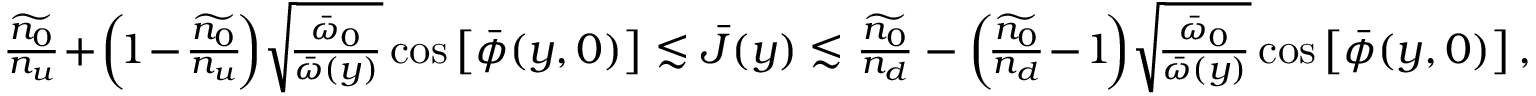
\begin{array} { r } { \frac { \widetilde { n _ { 0 } } } { n _ { u } } \! + \! \left( \! 1 \! - \! \frac { \widetilde { n _ { 0 } } } { n _ { u } } \! \right) \! \sqrt { \! \frac { { \bar { \omega } } _ { 0 } } { { \bar { \omega } } ( y ) } } \cos \left[ \bar { \phi } ( y , 0 ) \right] \lesssim \bar { J } ( y ) \lesssim \frac { \widetilde { n _ { 0 } } } { n _ { d } } - \left( \! \frac { \widetilde { n _ { 0 } } } { n _ { d } } \! - \! 1 \! \right) \! \sqrt { \! \frac { { \bar { \omega } } _ { 0 } } { { \bar { \omega } } ( y ) } } \cos \left[ \bar { \phi } ( y , 0 ) \right] , } \end{array}